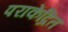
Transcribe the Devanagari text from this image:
पराकेंद्रित